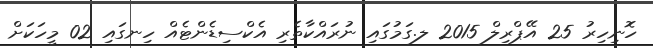
ހޮނިހިރު 25 އޭޕްރިލް 2015 ލ.ގަމުގައި ނުރައްކާތެރި އެކްސިޑެންޓެއް ހިނގައި 02 މީހަކަށް